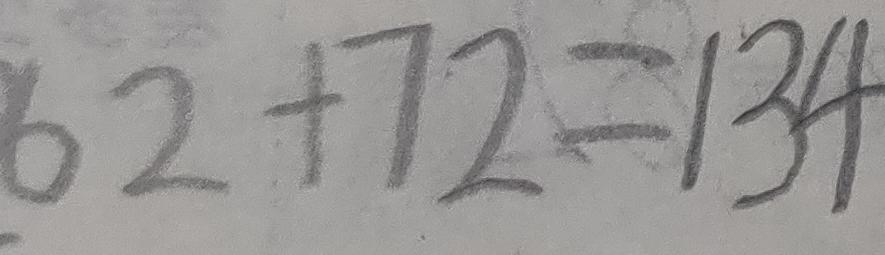
6 2 + 7 2 = 1 3 4